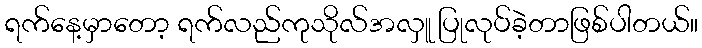
ရက်နေ့မှာတော့ ရက်လည်ကုသိုလ်အလှူ ပြုလုပ်ခဲ့တာဖြစ်ပါတယ်။